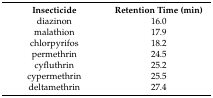
<table><thead><tr><td><b>Insecticide</b></td><td><b>Retention Time (min)</b></td></tr></thead><tbody><tr><td>diazinon</td><td>16.0</td></tr><tr><td>malathion</td><td>17.9</td></tr><tr><td>chlorpyrifos</td><td>18.2</td></tr><tr><td>permethrin</td><td>24.5</td></tr><tr><td>cyfluthrin</td><td>25.2</td></tr><tr><td>cypermethrin</td><td>25.5</td></tr><tr><td>deltamethrin</td><td>27.4</td></tr></tbody></table>